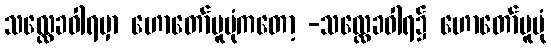
သလ္လေခဝါရမှာ ဟောတော်မူပုံကတော့ -သလ္လေခဝါရ၌ ဟောတော်မူပုံ